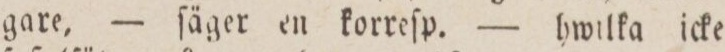
gare, — ſäger en korreſp. — hwilka icke